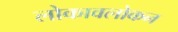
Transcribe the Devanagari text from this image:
लोकावलोकन